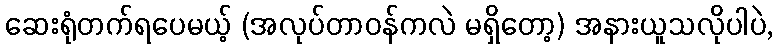
ဆေးရုံတက်ရပေမယ့် (အလုပ်တာဝန်ကလဲ မရှိတော့) အနားယူသလိုပါပဲ,